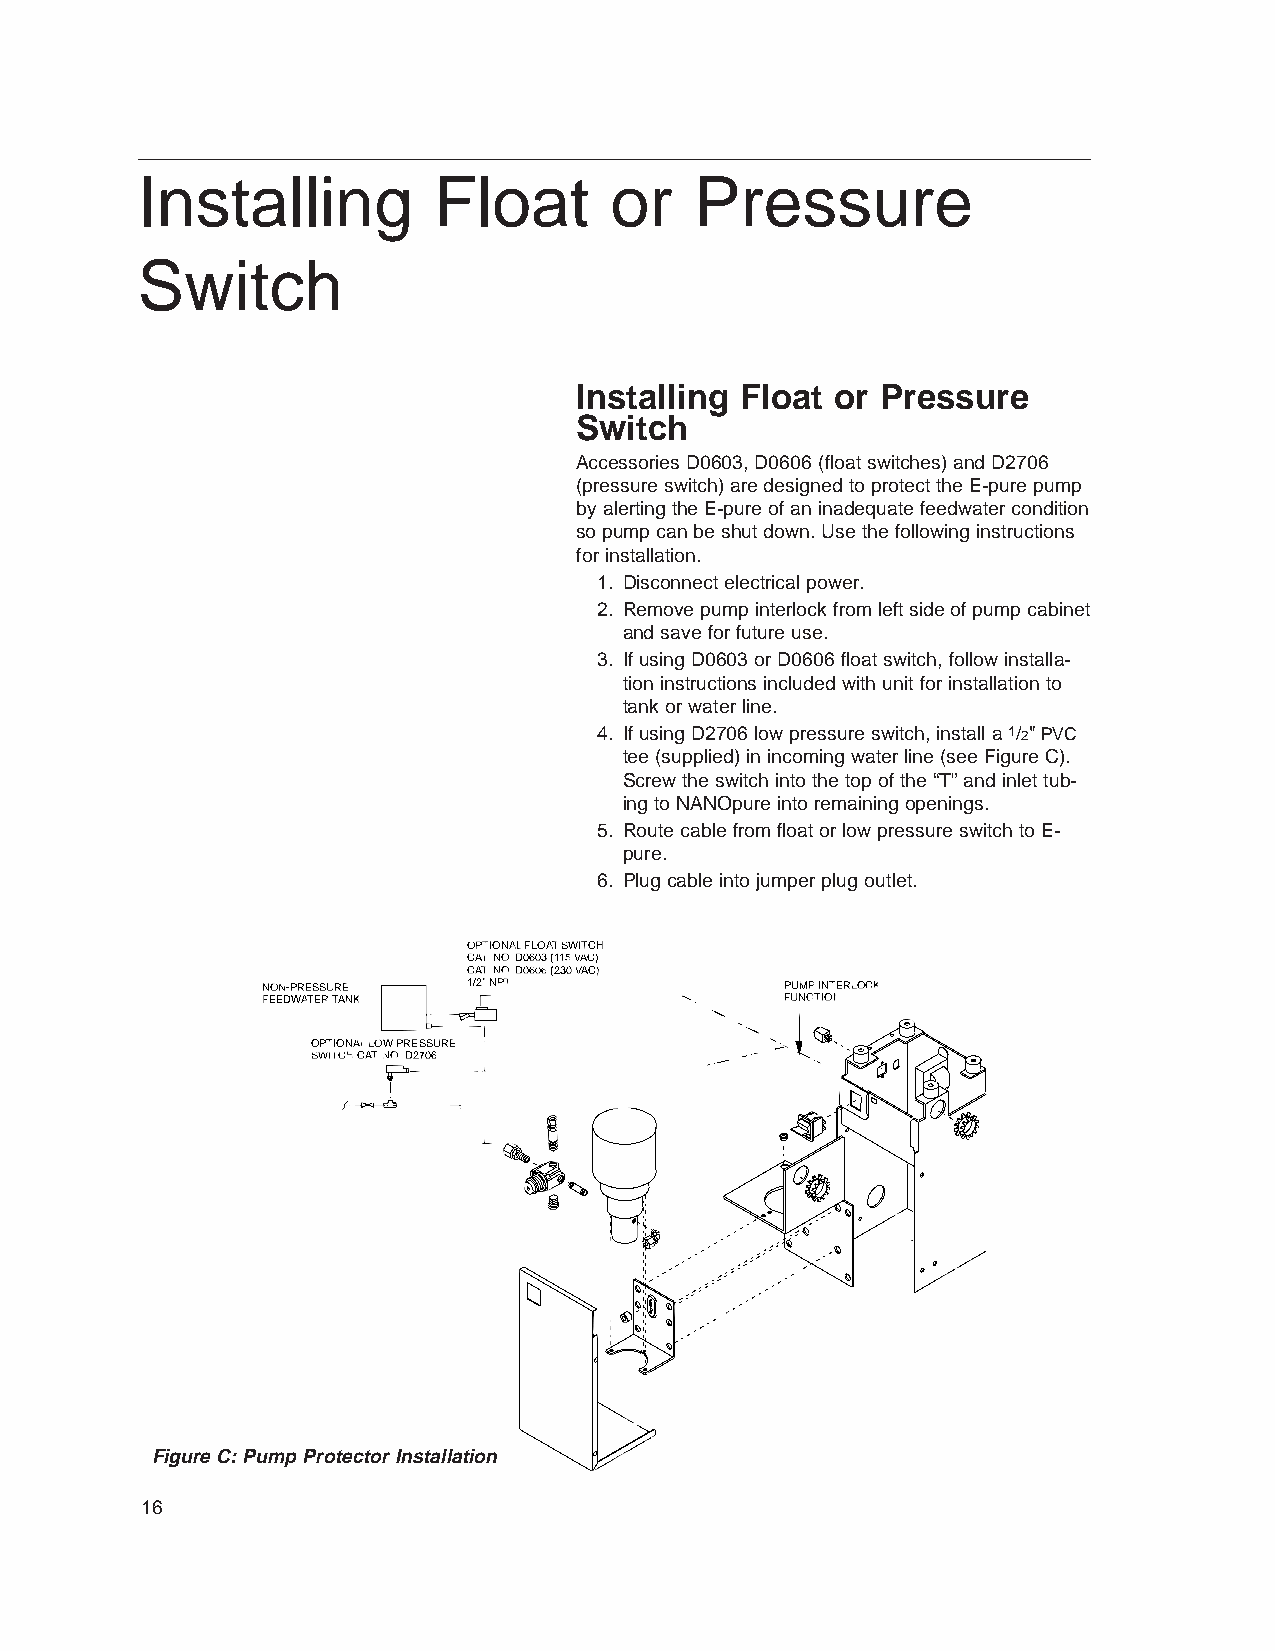
Installing          Float      or    Pressure
 Switch
 Installing Float or Pressure
 Switch
 Accessories D0603, D0606 (float switches) and D2706
 (pressure switch) are designed to protect the E-pure pump
 by alerting the E-pure of an inadequate feedwater condition
 so pump can be shut down. Use the following instructions
 for installation.
 1. Disconnect electrical power.
 2. Remove pump interlock from left side of pump cabinet
 and save for future use.
 3. If using D0603 or D0606 float switch, follow installa-
 tion instructions included with unit for installation to
 tank or water line.
 4. If using D2706 low pressure switch, install a 1/2"PVC
 tee (supplied) in incoming water line (see Figure C).
 Screw the switch into the top of the “T” and inlet tub-
 ing to NANOpure into remaining openings.
 5. Route cable from float or low pressure switch to E-
 pure.
 6. Plug cable into jumper plug outlet.
 OPTIONAL FLOAT SWITCH
 CAT. NO. D0603 (115 VAC)
 CAT. NO. D0606 (230 VAC)
 NON-PRESSURE  1/2" NPT             PUMP INTERLOCK
 FEEDWATER TANK                     FUNCTION
 OPTIONAL LOW PRESSURE
 SWITCH CAT. NO. D2706
 Figure C: Pump Protector Installation
 16